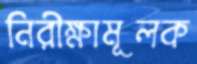
নিরীক্ষামূলক